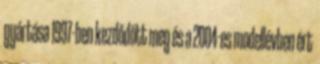
gyártása 1997-ben kezdődött meg és a 2004-es modellévben ért